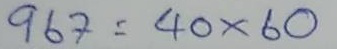
967 = 40 x 60